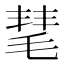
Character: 𣮝